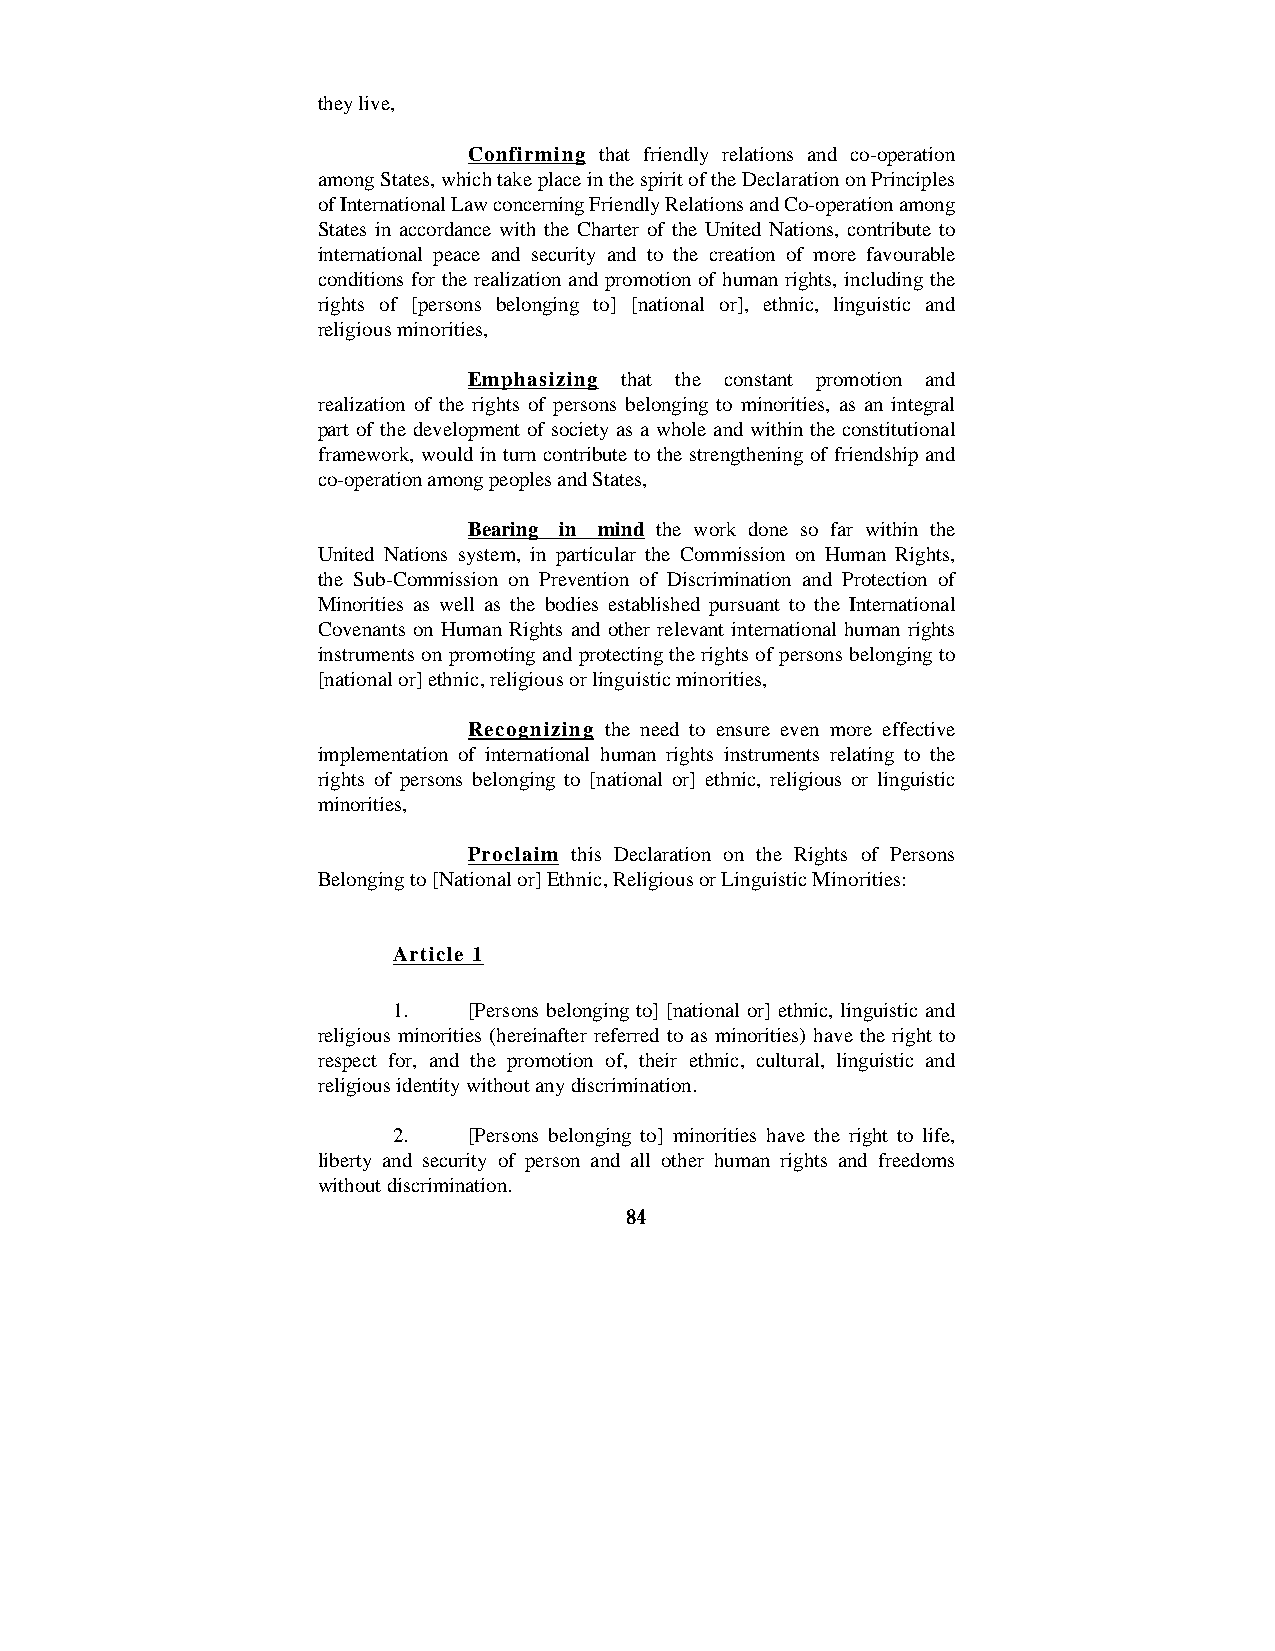
they live,
 Confirming that friendly relations and co-operation
 among States, which take place in the spirit of the Declaration on Principles
 of International Law concerning Friendly Relations and Co-operation among
 States in accordance with the Charter of the United Nations, contribute to
 international peace and security and to the creation of more favourable
 conditions for the realization and promotion of human rights, including the
 rights of [persons belonging to] [national or], ethnic, linguistic and
 religious minorities,
 Emphasizing that the constant promotion and
 realization of the rights of persons belonging to minorities, as an integral
 part of the development of society as a whole and within the constitutional
 framework, would in turn contribute to the strengthening of friendship and
 co-operation among peoples and States,
 Bearing in mind the work done so far within the
 United Nations system, in particular the Commission on Human Rights,
 the Sub-Commission on Prevention of Discrimination and Protection of
 Minorities as well as the bodies established pursuant to the International
 Covenants on Human Rights and other relevant international human rights
 instruments on promoting and protecting the rights of persons belonging to
 [national or] ethnic, religious or linguistic minorities,
 Recognizing the need to ensure even more effective
 implementation of international human rights instruments relating to the
 rights of persons belonging to [national or] ethnic, religious or linguistic
 minorities,
 Proclaim this Declaration on the Rights of Persons
 Belonging to [National or] Ethnic, Religious or Linguistic Minorities:
 Article 1
 1.   [Persons belonging to] [national or] ethnic, linguistic and
 religious minorities (hereinafter referred to as minorities) have the right to
 respect for, and the promotion of, their ethnic, cultural, linguistic and
 religious identity without any discrimination.
 2.   [Persons belonging to] minorities have the right to life,
 liberty and security of person and all other human rights and freedoms
 without discrimination.
 84